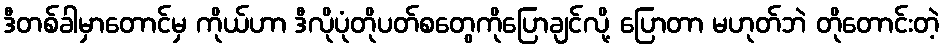
ဒီတစ်ခါမှာတောင်မှ ကိုယ်ဟာ ဒီလိုပုံတိုပတ်စတွေကိုပြောချင်လို့ ပြောတာ မဟုတ်ဘဲ တိုတောင်းတဲ့